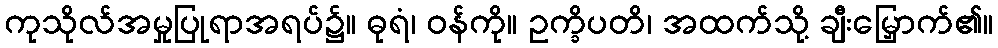
ကုသိုလ်အမှုပြုရာအရပ်၌။ ဓုရံ၊ ဝန်ကို။ ဥက္ခိပတိ၊ အထက်သို့ ချီးမြှောက်၏။